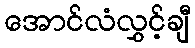
အောင်လံလွှင့်ချီ